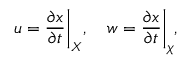
\b u = \frac { \partial \b x } { \partial t } \bigg | _ { \b X } , \quad \b w = \frac { \partial \b x } { \partial t } \bigg | _ { \b \chi } ,